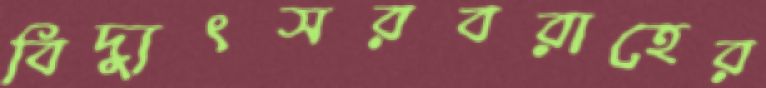
বিদ্যুৎসরবরাহের